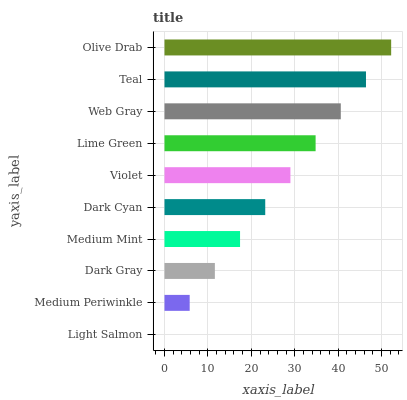
| yaxis_label | bars |
 | --- | --- |
 | Light Salmon | 0 |
 | Medium Periwinkle | 5.8 |
 | Dark Gray | 11.6 |
 | Medium Mint | 17.4 |
 | Dark Cyan | 23.2 |
 | Violet | 29 |
 | Lime Green | 34.8 |
 | Web Gray | 40.6 |
 | Teal | 46.4 |
 | Olive Drab | 52.2 |